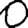
Digit: 0